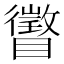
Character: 𪿂